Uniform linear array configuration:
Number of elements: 4
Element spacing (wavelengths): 1
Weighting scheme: blackman
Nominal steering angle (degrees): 30
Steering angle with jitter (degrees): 29.063
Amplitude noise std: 0.05
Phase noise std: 0.05

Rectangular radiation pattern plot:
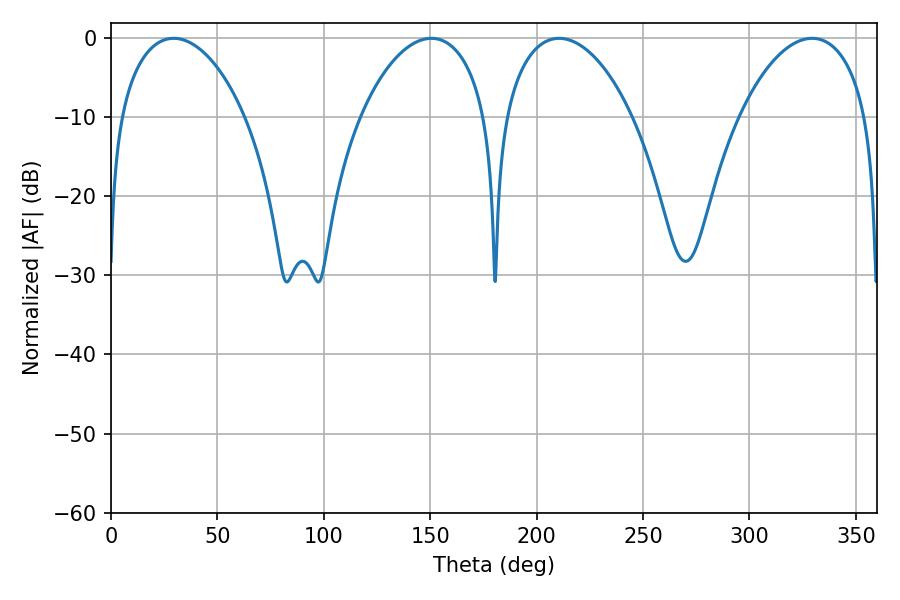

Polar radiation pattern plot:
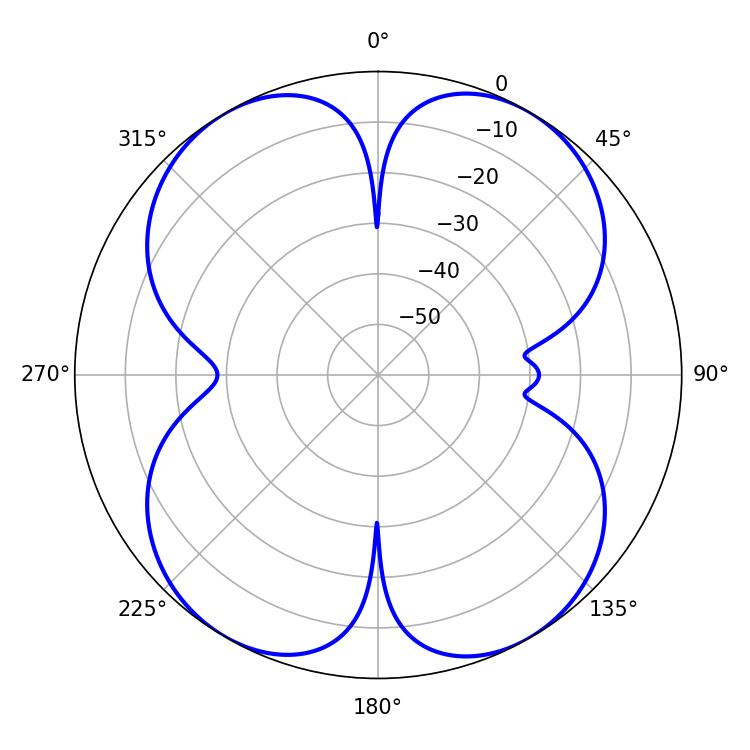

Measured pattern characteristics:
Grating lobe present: TRUE
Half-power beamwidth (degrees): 34.2
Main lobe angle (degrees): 210.6